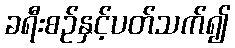
ခရီးစဉ်နှင့်ပတ်သက်၍